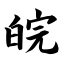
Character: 皖